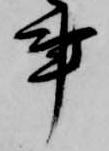
事